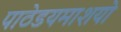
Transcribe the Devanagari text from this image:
पाठेडयमाशयो